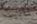
المبيت